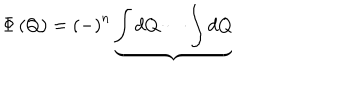
LaTeX: \Phi \left( Q \right) = \left( - \right) ^ { n } \underbrace { \int d Q \cdots \int d Q }